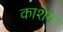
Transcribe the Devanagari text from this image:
काशग